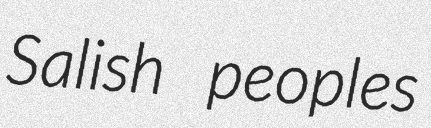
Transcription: Salish peoples